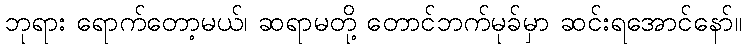
ဘုရား ရောက်တော့မယ်၊ ဆရာမတို့ တောင်ဘက်မုခ်မှာ ဆင်းရအောင်နော်။